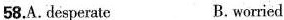
58.A.desperate Bworried